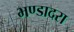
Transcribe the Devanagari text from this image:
भण्डादरा